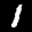
Label: 1